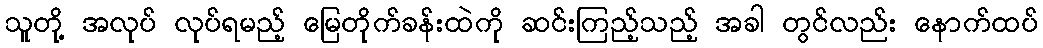
သူတို့ အလုပ် လုပ်ရမည့် မြေတိုက်ခန်းထဲကို ဆင်းကြည့်သည့် အခါ တွင်လည်း နောက်ထပ်